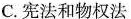
C.宪法和物权法